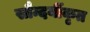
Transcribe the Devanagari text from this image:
सौन्दर्यीकृत